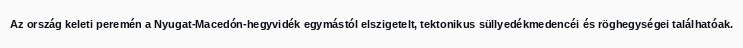
Az ország keleti peremén a Nyugat-Macedón-hegyvidék egymástól elszigetelt, tektonikus süllyedékmedencéi és röghegységei találhatóak.